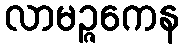
လာမဉ္ဇကေန